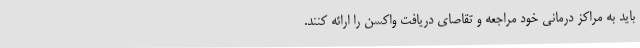
باید به مراکز درمانی خود مراجعه و تقاصای دریافت واکسن را ارائه کنند.